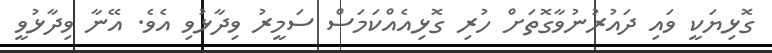
ގޮޅިޔަކީ ވައި ދައުރުނުވާގޮތަށް ހުރި ގޮޅިއެއްކަމަސް ސަމީރު ވިދާޅުވި އެވެ. އޭނާ ވިދާޅުވީ